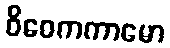
ဝိဝေကကာမော